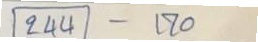
244 - 170